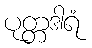
ပုတ္တဒါရံ